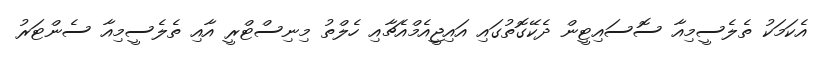
އެކަމަކު ތެލެސީމިއާ ސޮސައިޓީން ދެކޭގޮތުގައި އައިޖީއެމްއެޗާއި ހެލްތު މިނިސްޓްރީ އާއި ތެލެސީމިއާ ސެންޓަރު